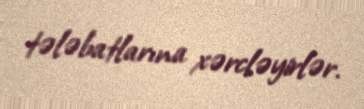
tələbatlarına xərcləyirlər.